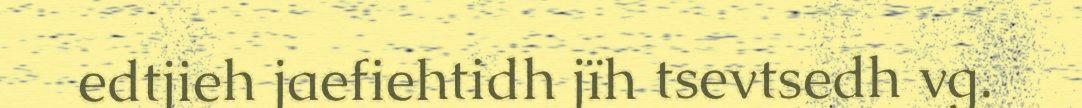
edtjieh jaefiehtidh jïh tsevtsedh vg.